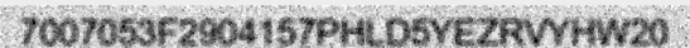
7007053F2904157PHLD5YEZRVYHW20